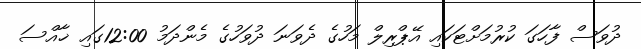
ދުވަސް ފާހަގަ ކުރުމަށްޓަކައި އޭޕްރިލް މަހުގެ ދެވަނަ ދުވަހުގެ މެންދަމު 12:00ގައި ޚާއްސަ